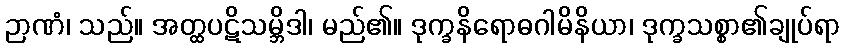
ဉာဏံ၊ သည်။ အတ္ထပဋိသမ္ဘိဒါ၊ မည်၏။ ဒုက္ခနိရောဓဂါမိနိယာ၊ ဒုက္ခသစ္စာ၏ချုပ်ရာ